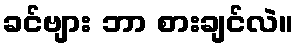
ခင်ဗျား ဘာ စားချင်လဲ။